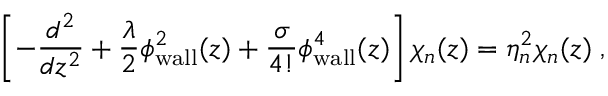
\left[ - \frac { d ^ { 2 } } { d z ^ { 2 } } + \frac { \lambda } { 2 } \phi _ { \mathrm { w a l l } } ^ { 2 } ( z ) + \frac { \sigma } { 4 ! } \phi _ { \mathrm { w a l l } } ^ { 4 } ( z ) \right] \chi _ { n } ( z ) = \eta _ { n } ^ { 2 } \chi _ { n } ( z ) \; ,